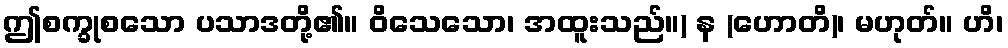
ဤစက္ခုစသော ပသာဒတို့၏။ ဝိသေသော၊ အထူးသည်။) န (ဟောတိ)၊ မဟုတ်။ ဟိ၊